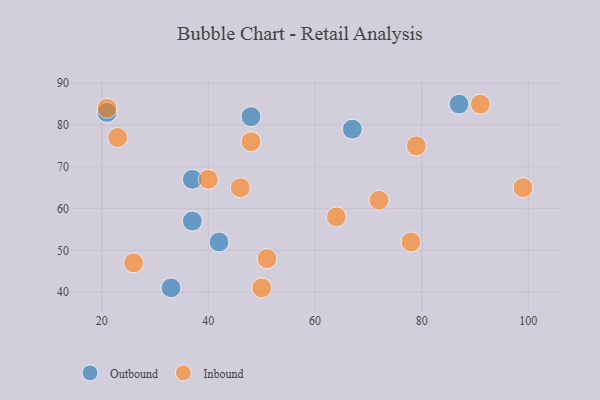
{"axis": {"x": "GDP", "y": "Life Expectancy"}, "legend": ["Inbound", "Outbound"], "data": [{"x": "87", "y": 85, "type": "Outbound"}, {"x": "48", "y": 82, "type": "Outbound"}, {"x": "21", "y": 83, "type": "Outbound"}, {"x": "37", "y": 57, "type": "Outbound"}, {"x": "33", "y": 41, "type": "Outbound"}, {"x": "42", "y": 52, "type": "Outbound"}, {"x": "37", "y": 67, "type": "Outbound"}, {"x": "67", "y": 79, "type": "Outbound"}, {"x": "21", "y": 84, "type": "Inbound"}, {"x": "48", "y": 76, "type": "Inbound"}, {"x": "23", "y": 77, "type": "Inbound"}, {"x": "64", "y": 58, "type": "Inbound"}, {"x": "78", "y": 52, "type": "Inbound"}, {"x": "50", "y": 41, "type": "Inbound"}, {"x": "79", "y": 75, "type": "Inbound"}, {"x": "46", "y": 65, "type": "Inbound"}, {"x": "26", "y": 47, "type": "Inbound"}, {"x": "72", "y": 62, "type": "Inbound"}, {"x": "99", "y": 65, "type": "Inbound"}, {"x": "51", "y": 48, "type": "Inbound"}, {"x": "91", "y": 85, "type": "Inbound"}, {"x": "40", "y": 67, "type": "Inbound"}]}